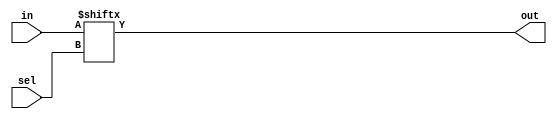
module M2to1mux (
    in, sel, out
);
    input [1:0] in;
    input sel;
    output out;

    assign out=in[sel];
endmodule